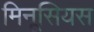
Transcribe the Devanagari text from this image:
मिनूसियस